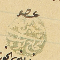
عضو حسين العلم الحاج يوسف